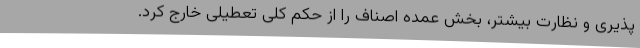
پذیری و نظارت بیشتر، بخش عمده اصناف را از حکم کلی تعطیلی خارج کرد.